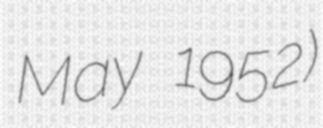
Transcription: May 1952)